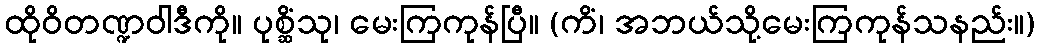
ထိုဝိတဏ္ဍဝါဒီကို။ ပုစ္ဆိံသု၊ မေးကြကုန်ပြီ။ (ကိံ၊ အဘယ်သို့မေးကြကုန်သနည်း။)